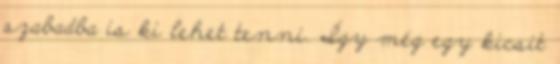
szabadba is ki lehet tenni. Így még egy kicsit